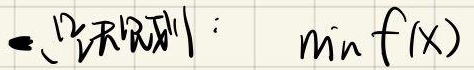
- 目标函数: $\min f(x)$